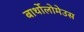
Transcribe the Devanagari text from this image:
बार्थोलोमेउस